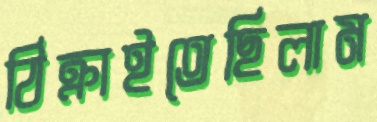
ঠিক্‌রাইতেছিলাম